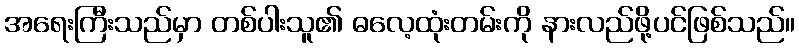
အရေးကြီးသည်မှာ တစ်ပါးသူ၏ ဓလေ့ထုံးတမ်းကို နားလည်ဖို့ပင်ဖြစ်သည်။